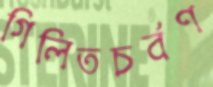
গিলিতচর্বণ